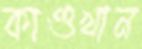
কাণ্ডখান